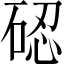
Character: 𱴋